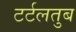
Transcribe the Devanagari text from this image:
टर्टलतुब